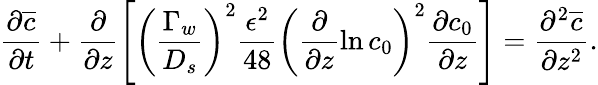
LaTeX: \frac{\partial\overline{{c}}}{\partial t}+\frac{\partial}{\partial z}\left[\left(\frac{\Gamma_{w}}{D_{s}}\right)^{2}\frac{\epsilon^{2}}{48}\left(\frac{\partial}{\partial z}\ln c_{0}\right)^{2}\frac{\partial c_{0}}{\partial z}\right]=\frac{\partial^{2}\overline{{c}}}{\partial z^{2}}.